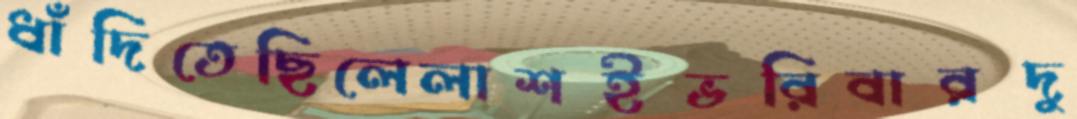
ধাঁদিতেছিলেলাশইভরিবারদু